画像に写った文字を読んでください
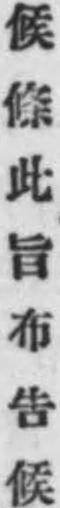
「候條此旨布吿候」と書いてあります